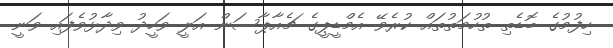
ހިފުމުގެ ބޮޑެތި ތުހުމަތުތައް ކުރެވޭ އެމްޑީޕީގެ ޗެއާޕާސަން އަލީ ވަހީދު ވިދާޅުވެފައި ވަނީ